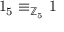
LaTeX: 1 _ { 5 } \equiv _ { \mathbb { Z } _ { 5 } } 1